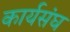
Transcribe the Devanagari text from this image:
कार्यसंघ